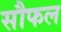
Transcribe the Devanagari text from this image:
सौफल